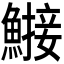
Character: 𬵤